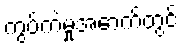
ကွပ်ကဲမှုအောက်တွင်